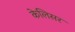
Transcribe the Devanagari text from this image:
केलिसर